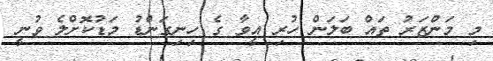
މި މަންޒަރު ތައް ބަލަން ހުރި އީވާ ގެ ހިނިގަންޑު މަޑުކޮށްލެ ވުނީ